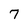
Character: 7